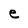
Character: e